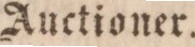
Auctioner.